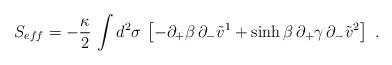
LaTeX: \begin{align*}S_{eff}=-{\kappa\over 2}\,\int d^2\sigma\,\left[-\partial_+\beta\,\partial_-\tilde v^1+\sinh\beta\,\partial_+\gamma\,\partial_-\tilde v^2\right]\ .\end{align*}